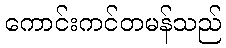
ကောင်းကင်တမန်သည်